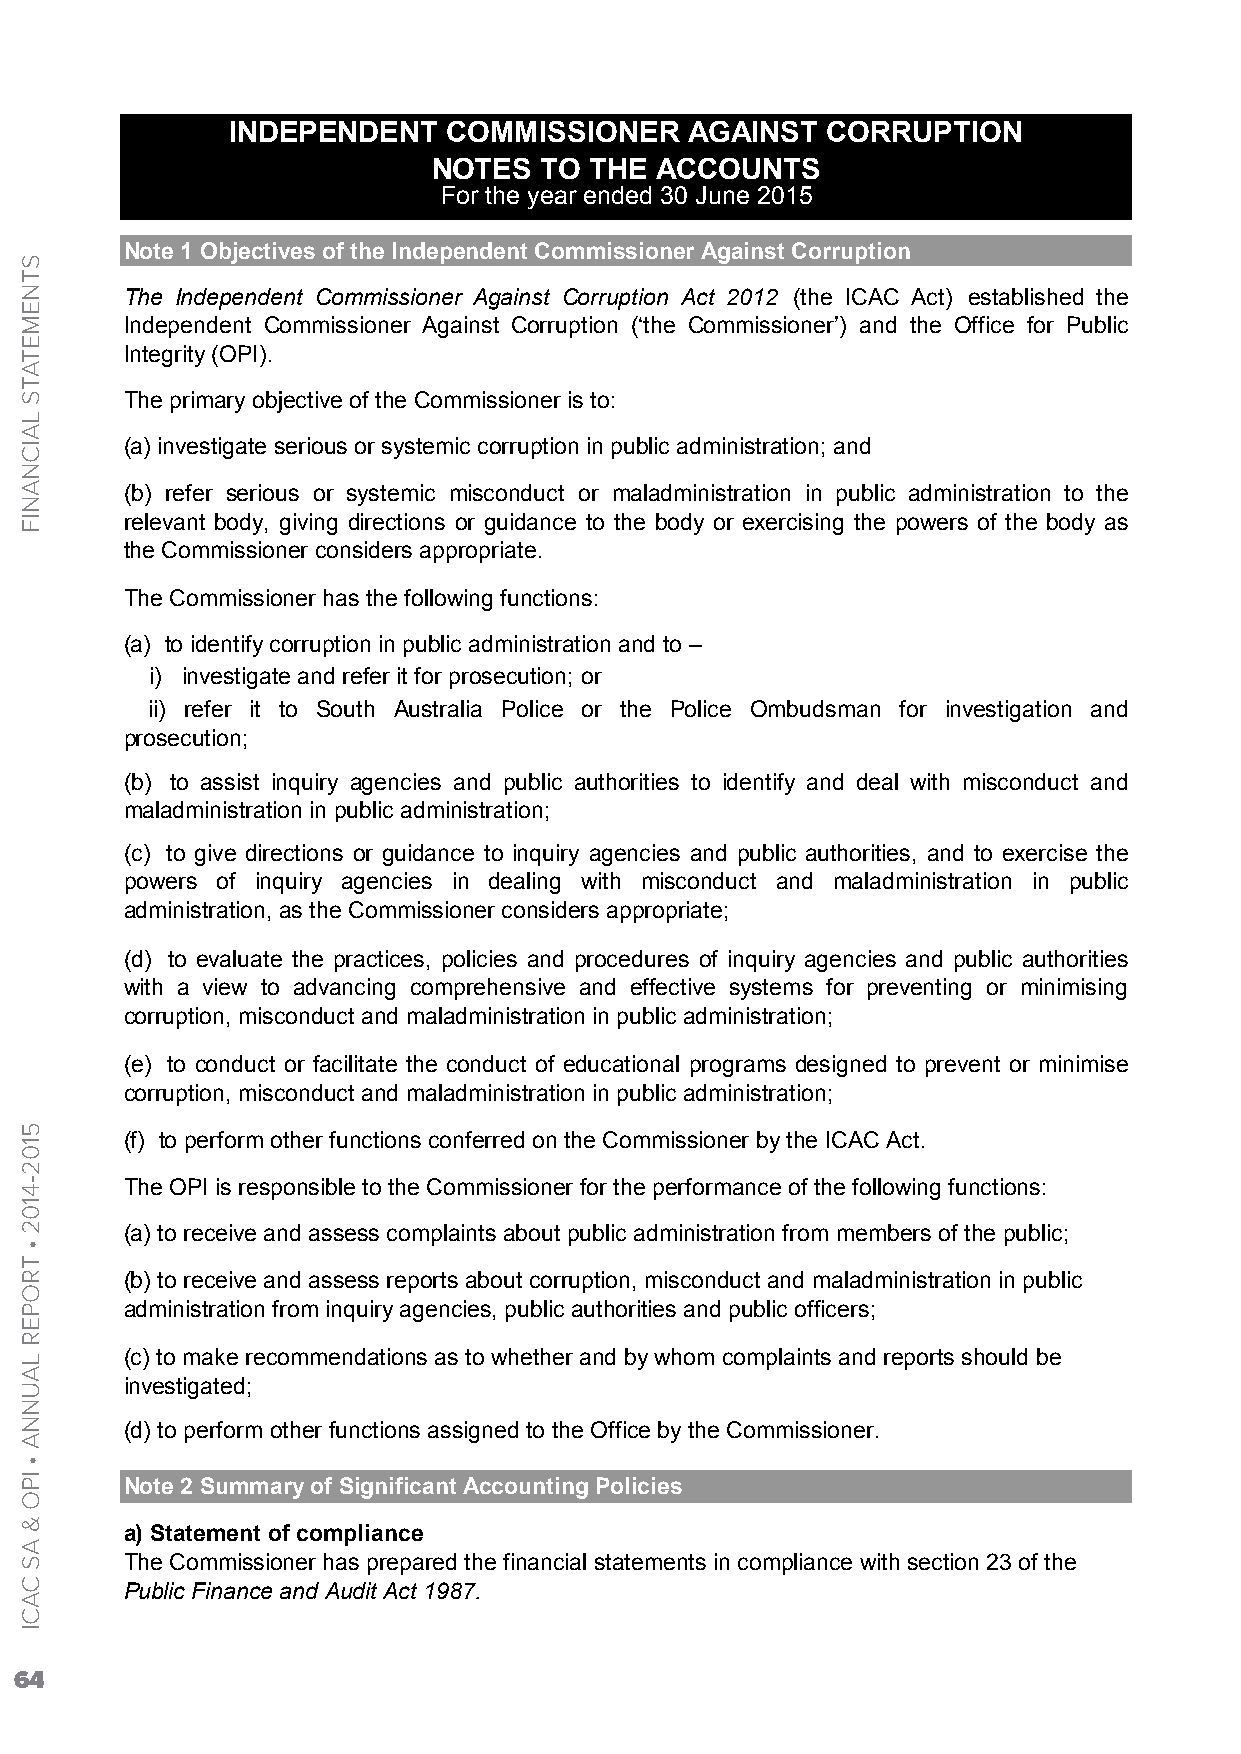
INDEPENDENT    COMMISSIONER    AGAINST  CORRUPTION
 NOTES  TO THE ACCOUNTS
 For the year ended 30 June 2015
 Note 1 Objectives of the Independent Commissioner Against Corruption
 The Independent Commissioner Against Corruption Act 2012 (the ICAC Act) established the
 Independent Commissioner Against Corruption (‘the Commissioner’) and the Office for Public
 Integrity (OPI).
 The primary objective of the Commissioner is to:
 (a) investigate serious or systemic corruption in public administration; and
 (b) refer serious or systemic misconduct or maladministration in public administration to the
 relevant body, giving directions or guidance to the body or exercising the powers of the body as
 the Commissioner considers appropriate.
 The Commissioner has the following functions:
 (a) to identify corruption in public administration and to –
 i) investigate and refer it for prosecution; or
 ii) refer it to South Australia Police or the Police Ombudsman for investigation and
 prosecution;
 (b) to assist inquiry agencies and public authorities to identify and deal with misconduct and
 maladministration in public administration;
 (c) to give directions or guidance to inquiry agencies and public authorities, and to exercise the
 powers of inquiry agencies in dealing with misconduct and maladministration in public
 administration, as the Commissioner considers appropriate;
 (d) to evaluate the practices, policies and procedures of inquiry agencies and public authorities
 with a view to advancing comprehensive and effective systems for preventing or minimising
 corruption, misconduct and maladministration in public administration;
 (e) to conduct or facilitate the conduct of educational programs designed to prevent or minimise
 corruption, misconduct and maladministration in public administration;
 (f) to perform other functions conferred on the Commissioner by the ICAC Act.
 The OPI is responsible to the Commissioner for the performance of the following functions:
 (a) to receive and assess complaints about public administration from members of the public;
 (b) to receive and assess reports about corruption, misconduct and maladministration in public
 administration from inquiry agencies, public authorities and public officers;
 (c) to make recommendations as to whether and by whom complaints and reports should be
 investigated;
 (d) to perform other functions assigned to the Office by the Commissioner.
 Note 2 Summary of Significant Accounting Policies
 a) Statement of compliance
 The Commissioner has prepared the financial statements in compliance with section 23 of the
 Public Finance and Audit Act 1987.
 64
 STNEMETATS
 LAICNANIF
 5102-4102
 •
 TROPER
 LAUNNA
 •
 IPO
 &
 AS
 CACI